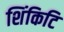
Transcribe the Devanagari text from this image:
शिंकिटि